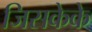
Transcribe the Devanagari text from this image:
जिसकेके